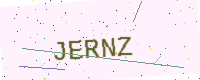
Text: JERNZ